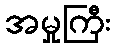
အမှုကြီး